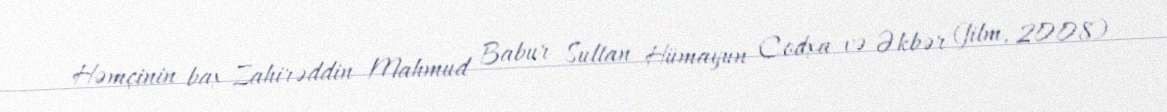
Həmçinin bax Zahirəddin Mahmud Babur Sultan Hümayun Codxa və Əkbər (film, 2008)